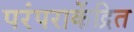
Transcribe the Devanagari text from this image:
परंपराकेंद्रित